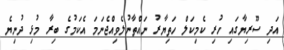
އަދި ސޫރިޔާގައި ހުރި ކެމިކަލް ހަތިޔާރު ނައްތާނުލެވިއްޖެނަމަ އެކަމުގެ ބިރާ މުޅި ދުނިޔެ